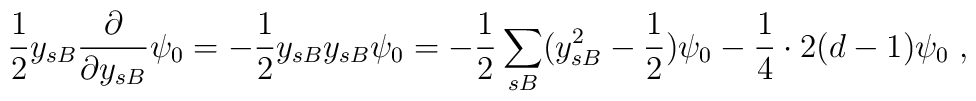
\frac{1}{2}y_{sB}\frac{\partial}{\partial y_{sB}}\psi_0=-\frac{1}{2}y_{sB}y_{sB}\psi_0=-\frac{1}{2}\sum_{sB}(y_{sB}^2-\frac{1}{2})\psi_0-\frac{1}{4}\cdot 2(d-1)\psi_0\;,